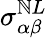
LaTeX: \sigma_{\alpha\beta}^{\mathbb{N}L}